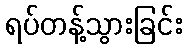
ရပ်တန့်သွားခြင်း